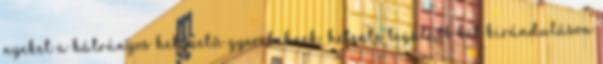
nyeket a hátrányos helyzetű gyerekeknek: hetente legalább két kiránduláson